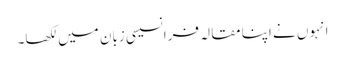
انہوں نے اپنا مقالہ فرانسیسی زبان میں لکھا۔